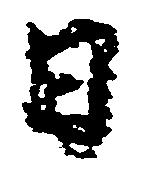
日